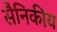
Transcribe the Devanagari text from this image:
सैनिकीय